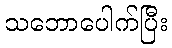
သဘောပေါက်ပြီး